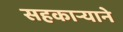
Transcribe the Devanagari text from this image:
सहकार्‍याने